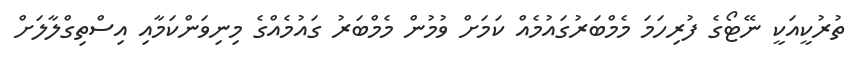
ތުރުކީއަކީ ނޭޓޯގެ ފުރިހަމަ މެމްބަރުގައުމެއް ކަމަށް ވުމުން މެމްބަރު ގައުމެއްގެ މިނިވަންކަމާއި އިސްތިގްލާލަށް